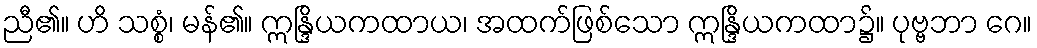
ညီ၏။ ဟိ သစ္စံ၊ မန်၏။ ဣန္ဒြိယကထာယ၊ အထက်ဖြစ်သော ဣန္ဒြိယကထာ၌။ ပုဗ္ဗဘာ ဂေ။